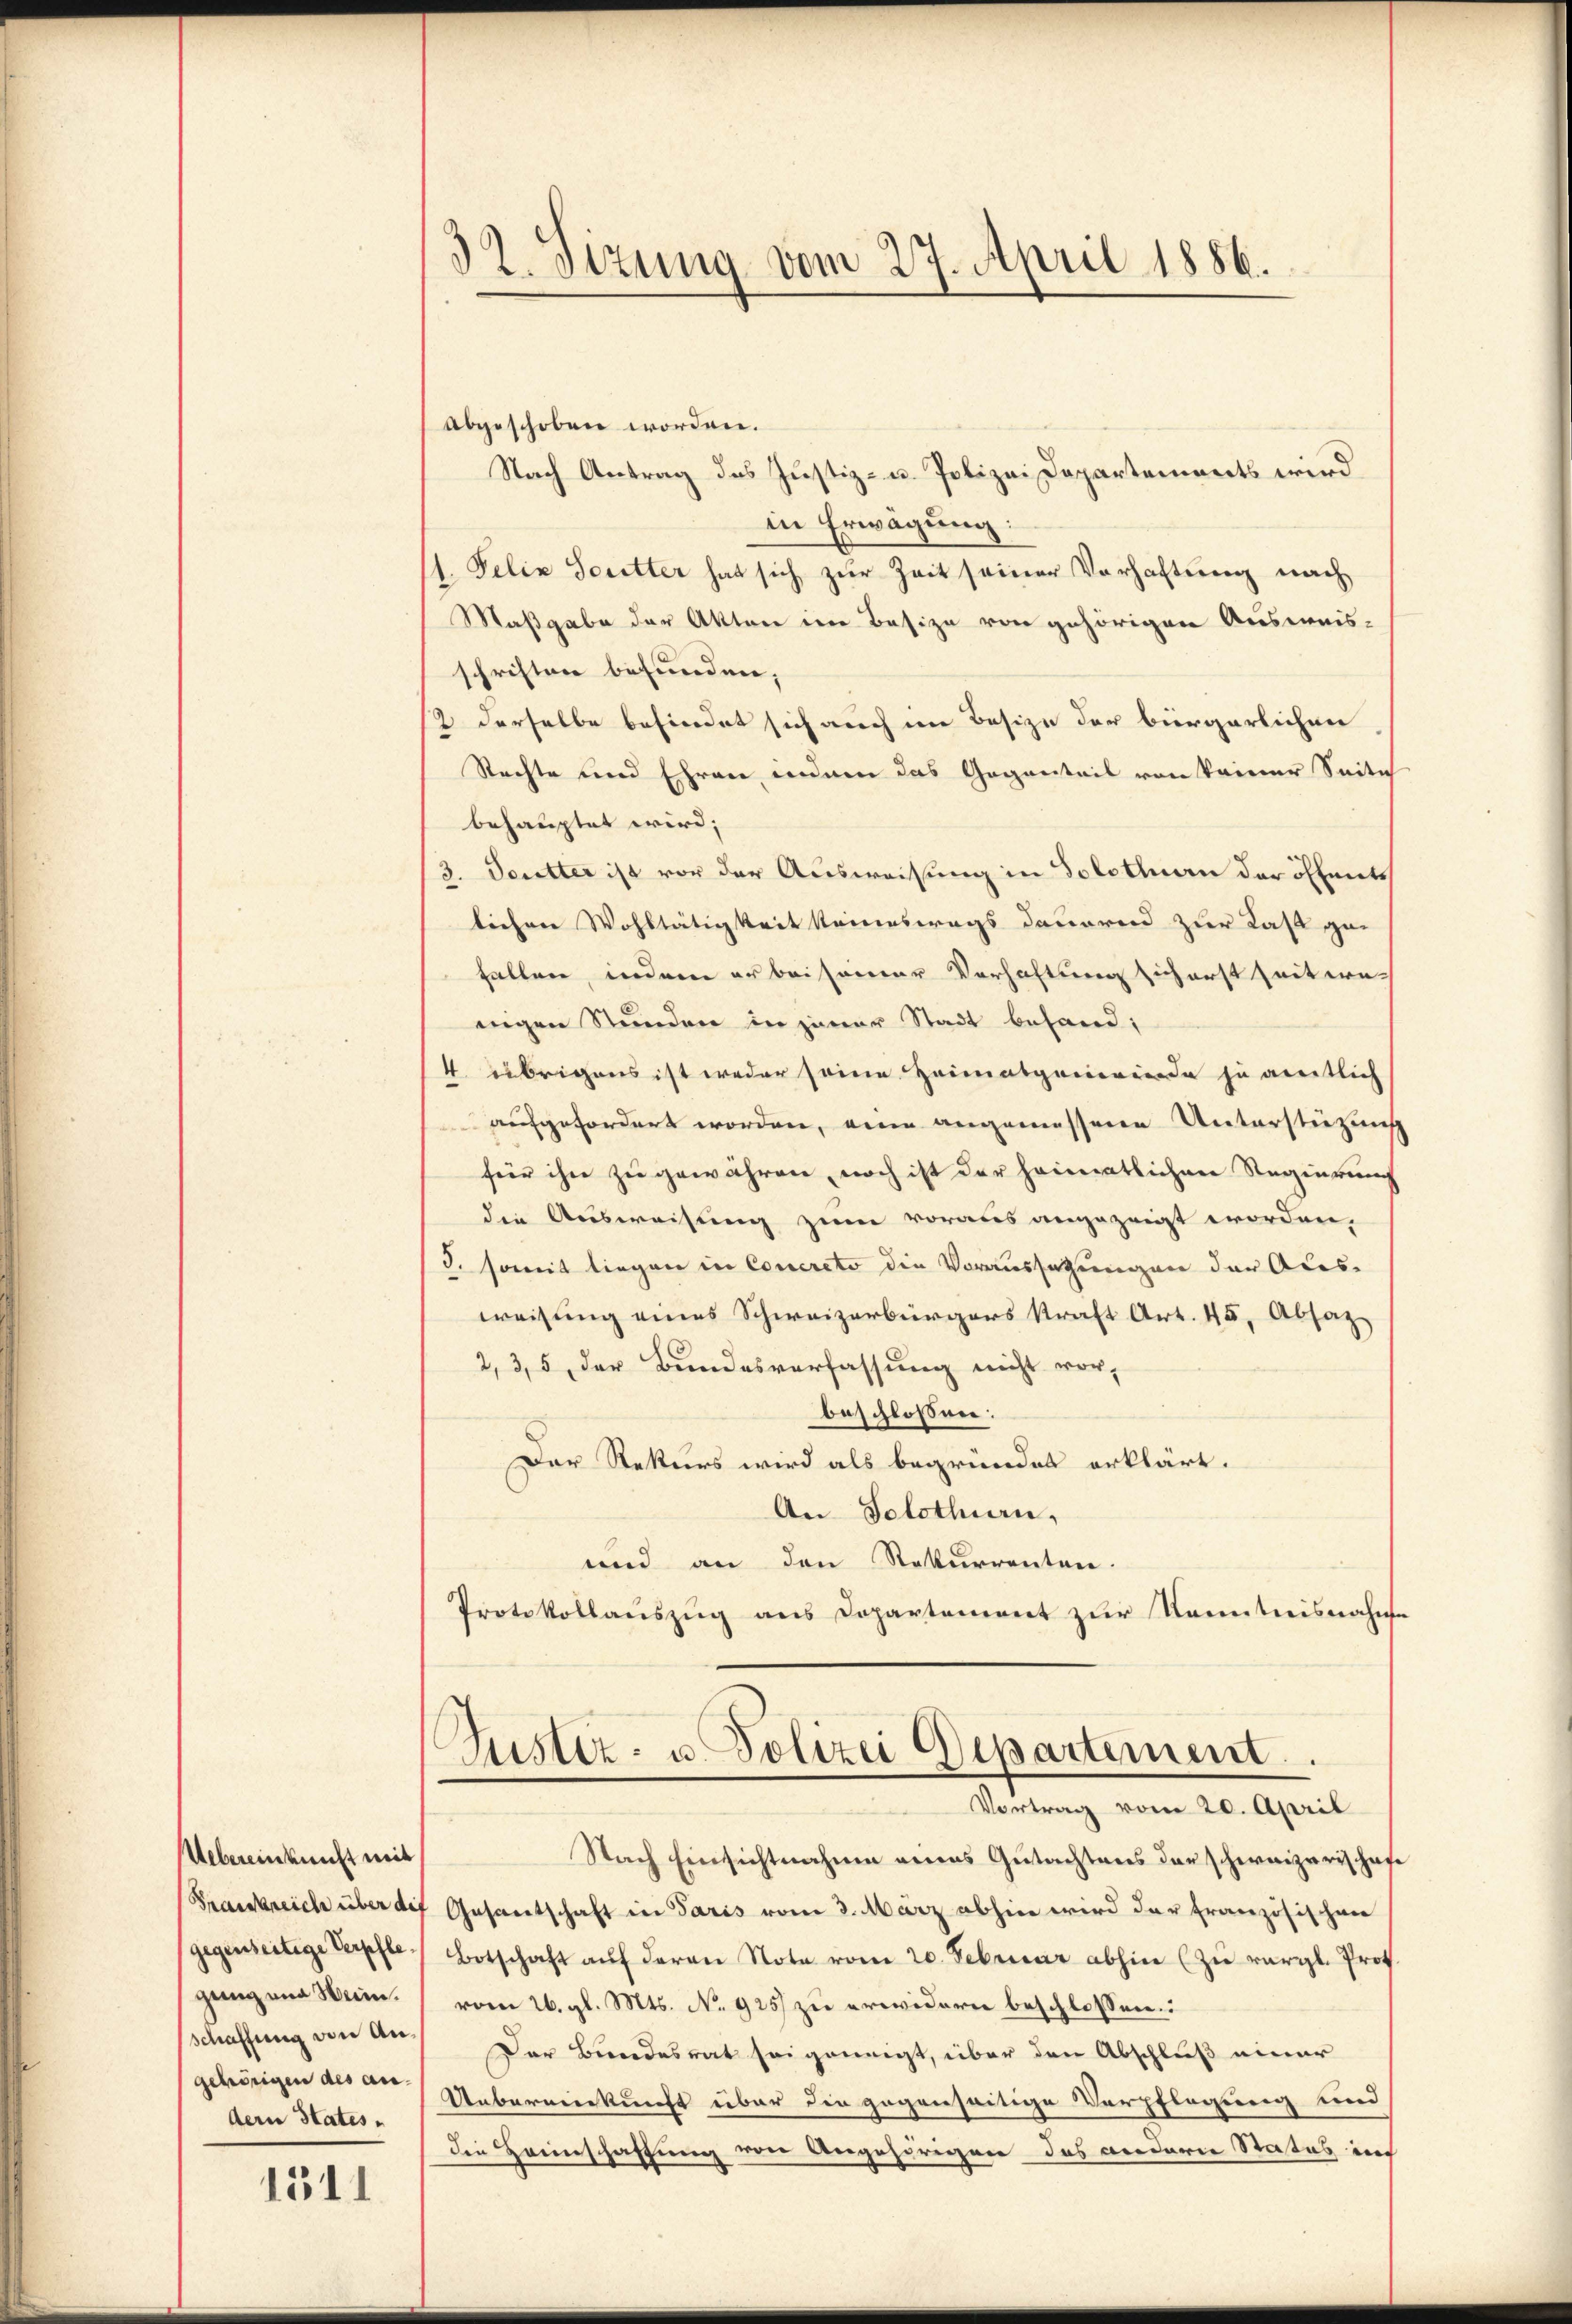
Uebereinkunft mit
Frankreich über die
gegenseitige Verpfle
gung und Wein.
schaffung von Angehörigen des an.
dern States,

1511

abgeschoben worden.
Nach Antrag des Justiz- u. Polizei Departements wird
in Erwägung:
1. Felix Teutter hat sich zur Zeit seiner Verhaftung nach
Maßgabe der Akten im Besize von gehörigen Ausweis-
schriften befunden,
2 derselbe befindet sich auch im Besize der bürgerlichen
Rechte und Ehren indem das Gegenteil von keiner Seite
behauptet wird;
3. Deutter ist vor der Ausweisung in Solothurn der öffents
lichen Wohltätigkeit komeswegs dauerend zur Last ge-
fallen, indem er beisamer Verhaltung sich erst Zeit wenigen Stunden in jener Stadt behand;
4 übrigens ist weder seine Heimatgemeinde zu weitlich
aufgefordert worden, eine angemessene Unterstützung
für ihn zu gewähren, noch ist der heimatlichene Regierung
die Ausweisung zum voraus angezeigt worden,
3. somit liegen in Concreto die Voraussetzungen der Aces-
weisung eines Schweizerbürgers kraft Art. 45, Absatz
2, 3, 5 der Bundesverfassung nicht vor,
beschlossen:
Der Rekurs wird als begründet erklärt.
An Solothurn,
und an den Rekurrenten.
Protokollaŭszŭg ans Departement zur Kenntnisnahme

32. Sizung vom 27. April 1886.

Nach Einsichtnahme eines Gutachtens der schweizerischafe
Gesantschaft in Paris vom 3. März abhin wird der französischen
Botschaft aŭf deren Note vom 20. Februar abhin (zu vergl. Prof.
vom 26. gl. Mts. No. 925 zu erwidern beschlossen:
Der Bundesrat sei geneigt, über den Abschluß einer
Uebernenkunft über die gegenseitige Verpflegung und
die Heimschaffung von Angehörigen das Biederie Status im

(Justiz- u. Polizei Departement.
Vortrag vom 20. April